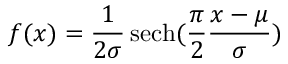
f ( x ) = { \frac { 1 } { 2 \sigma } } \operatorname { s e c h } ( { \frac { \pi } { 2 } } { \frac { x - \mu } { \sigma } } )